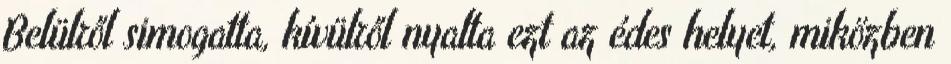
Belülről simogatta, kívülről nyalta ezt az édes helyet, miközben